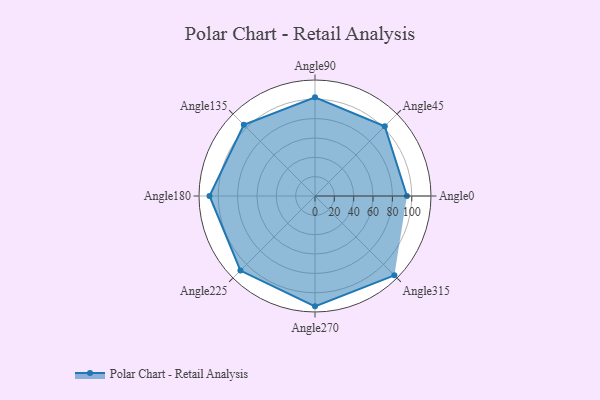
{"axis": {"x": "Angle", "y": "Radius"}, "legend": [""], "data": [{"x": "Angle0", "y": 95.0, "type": ""}, {"x": "Angle45", "y": 102.0, "type": ""}, {"x": "Angle90", "y": 102.0, "type": ""}, {"x": "Angle135", "y": 104.0, "type": ""}, {"x": "Angle180", "y": 109.0, "type": ""}, {"x": "Angle225", "y": 109.0, "type": ""}, {"x": "Angle270", "y": 114.0, "type": ""}, {"x": "Angle315", "y": 116.0, "type": ""}]}